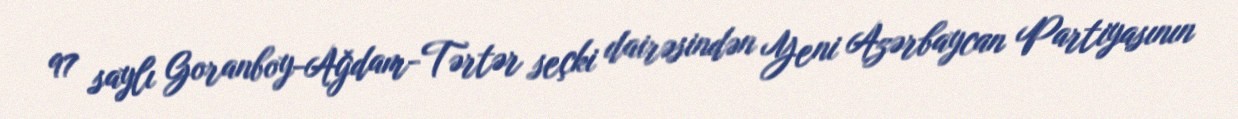
97 saylı Goranboy-Ağdam-Tərtər seçki dairəsindən Yeni Azərbaycan Partiyasının